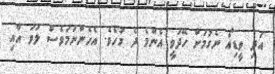
އަދި ވީޑިއޯ ނެގުމަށް ހޭދަވީ އެންމެ ދެ މަހެވެ. އެހެންނަމަވެސް ލަވަ އާއި